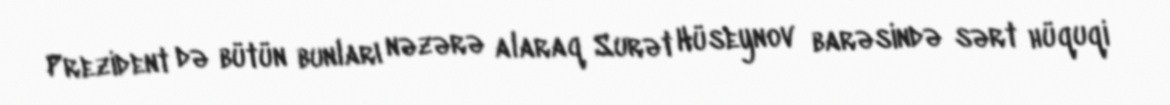
Prezident də bütün bunları nəzərə alaraq Surət Hüseynov barəsində sərt hüquqi